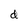
Character: d